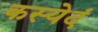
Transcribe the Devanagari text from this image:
कस्येदं